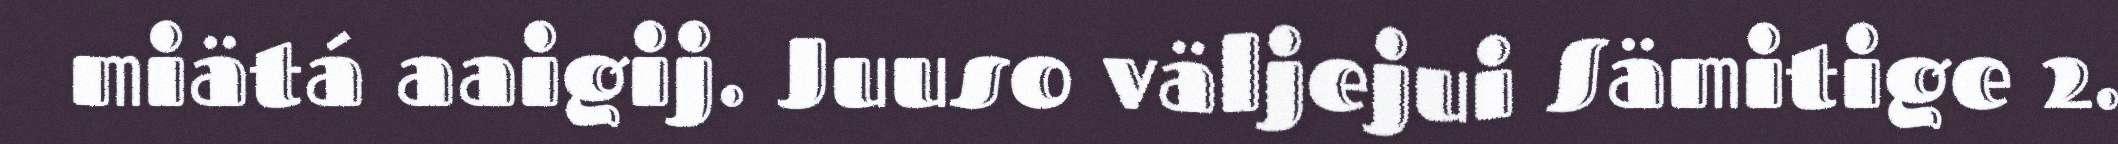
miätá aaigij. Juuso väljejui Sämitige 2.